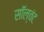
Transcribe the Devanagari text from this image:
सॉल्वंट